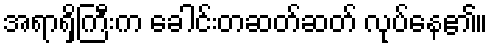
အရာရှိကြီးက ခေါင်းတဆတ်ဆတ် လုပ်နေ၏။